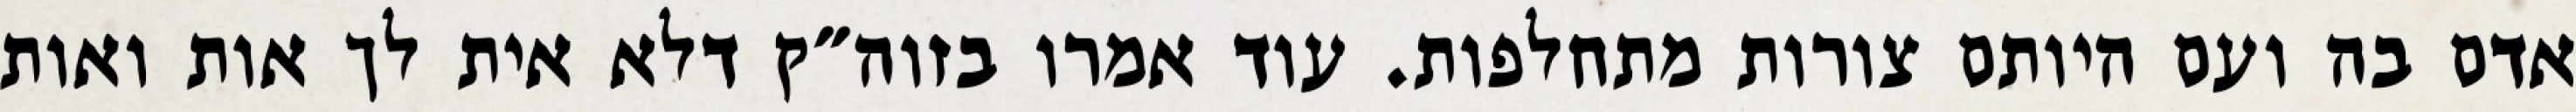
אדם בה ועם היותם צורות מתחלפות. עוד אמרו בזוה״ק דלא אית לך אות ואות